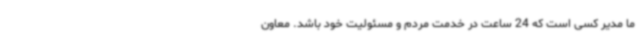
ما مدیر کسی است که 24 ساعت در خدمت مردم و مسئولیت خود باشد. معاون